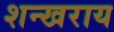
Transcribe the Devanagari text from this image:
शन्खराय